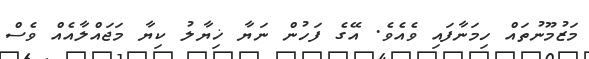
މަޒުމޫނުތައް ހިމަނާފައި ވެއެވެ. އޭގެ ފަހުން ނަޔާ ޚިޔާލު ކިޔާ މަޖައްލާއެއް ވެސް